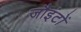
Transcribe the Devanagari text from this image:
जौइंटों